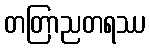
တတြာညတရဿ